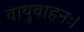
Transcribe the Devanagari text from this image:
वायुवाहनः।